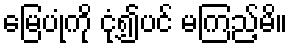
မြေပုံကို ငုံ့၍ပင် မကြည့်မိ။